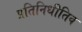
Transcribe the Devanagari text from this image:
प्रतिनिधीतिव